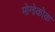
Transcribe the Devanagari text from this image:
मोनोकोक़